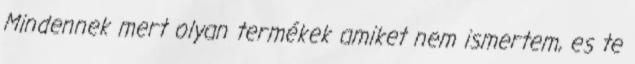
Mindennek mert olyan termékek amiket nem ismertem, es te